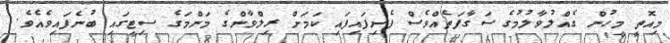
މިއޮތީ މީހުން ގެއްލުވާލުމުގެ ސަގާފަތެއްވެސް ފެށިފައިފައި ކަމަށް ރިލްވާންގެ މަންމަގެ ސިޓީގައި ބުނެފައިވެއެވެ.